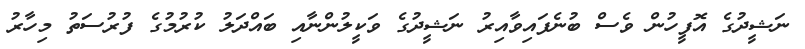
ނަޝީދުގެ އޮފީހުން ވެސް ބުނެފައިވާއިރު ނަޝީދުގެ ވަކީލުންނާއި ބައްދަލު ކުރުމުގެ ފުރުސަތު މިހާރު